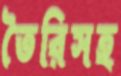
তৈরিসহ